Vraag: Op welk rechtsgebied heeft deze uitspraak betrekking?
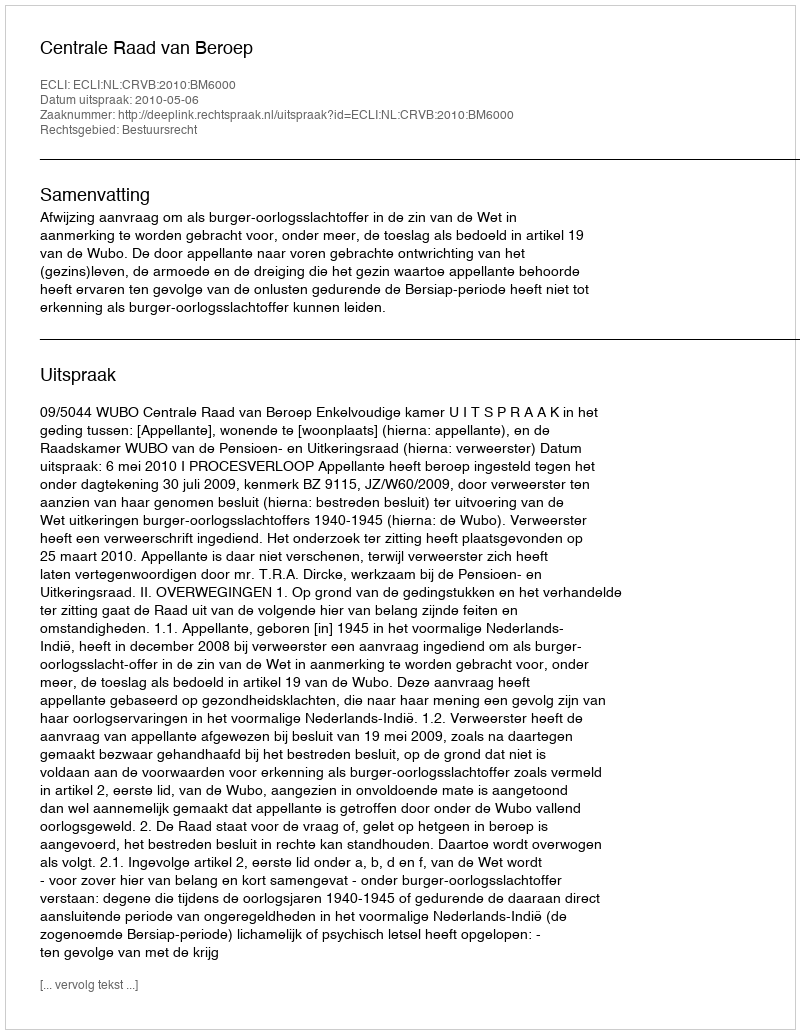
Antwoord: Bestuursrecht